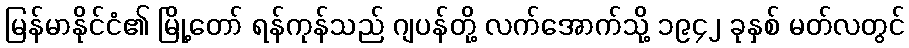
မြန်မာနိုင်ငံ၏ မြို့တော် ရန်ကုန်သည် ဂျပန်တို့ လက်အောက်သို့ ၁၉၄၂ ခုနှစ် မတ်လတွင်